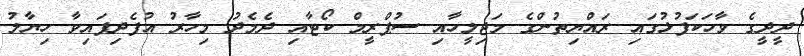
ދީދީގެ ވާހަކަފުޅުގައި ރައްޔިތުންގެ މަޖިލީހާއި ސުޕްރީމް ކޯޓާއި ދެމެދު މިހާރު އުފެދިފައިވާ ހިޔާލު